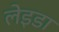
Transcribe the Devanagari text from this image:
लेइडा